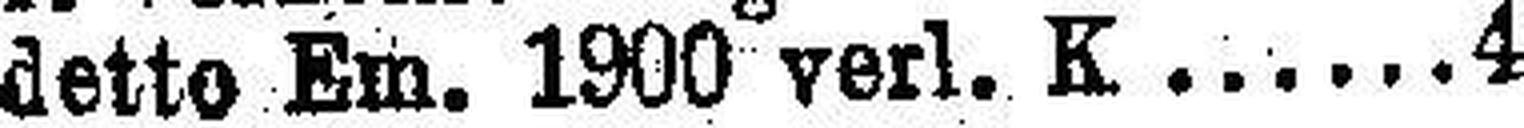
detto Em. 1900 verl. K 4